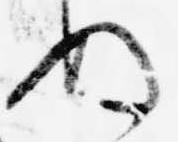
ぬ